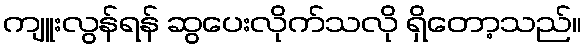
ကျူးလွန်ရန် ဆွပေးလိုက်သလို ရှိတော့သည်။